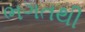
ભગતથી